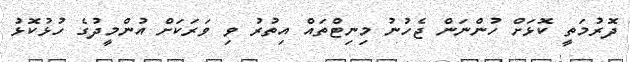
ދޮރުމަތީ ކޮޅަށް ހުންނަން ޖެހުނު މިނިޓްތައް އިތުރު ވި ވަރަކަށް އުންމީދުގެ ހުޅުކޮޅު